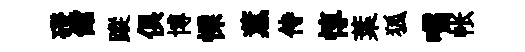
磴館蹤俱博慄薫侍惇葉狐嚅帐